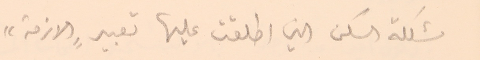
مشكلة السكن التي اطلقت عليها تعبير "الازمة"